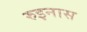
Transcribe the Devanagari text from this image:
रुइनास